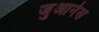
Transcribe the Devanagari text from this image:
जुआनेस